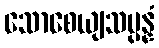
သောစေယျသမ္ပန္နံ